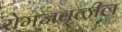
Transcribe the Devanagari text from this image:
रोमजवळील